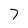
Character: 7